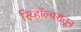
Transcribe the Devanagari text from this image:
रिव्हॉल्वरातून